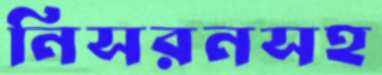
নিসরনসহ